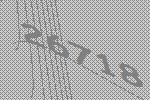
26718